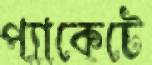
প্যাকেটে